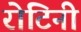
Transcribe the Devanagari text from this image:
रोटिनी